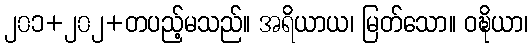
၂၀၁+၂၀၂+တပည့်မသည်။ အရိယာယ၊ မြတ်သော။ ဝဍ္ဎိယာ၊